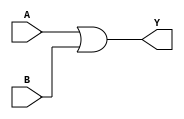
module OR_gate (
    input A,
    input B,
    output Y
);

assign Y = A | B; // OR operation between input A and B

endmodule